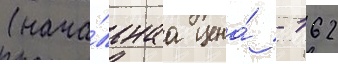
(нача́льнаа цена́ - 162